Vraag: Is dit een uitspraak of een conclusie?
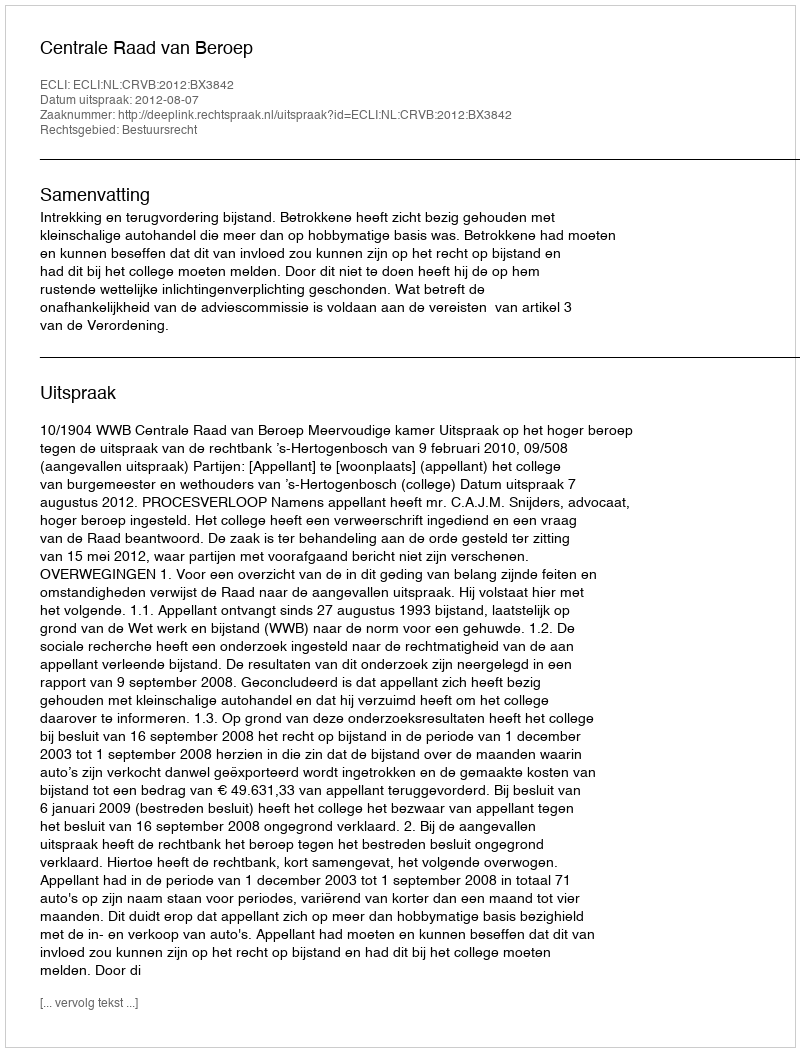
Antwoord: Uitspraak